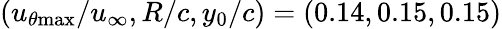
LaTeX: (u_{\theta\mathrm{{max}}}/u_{\infty},R/c,y_{0}/c)=(0.14,0.15,0.15)